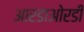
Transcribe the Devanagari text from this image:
आरडाओरडी